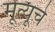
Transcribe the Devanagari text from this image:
मूत्यूचे